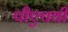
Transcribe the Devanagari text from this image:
पीएचवी